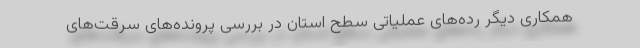
همکاری دیگر رده‌های عملیاتی سطح استان در بررسی پرونده‌های سرقت‌های